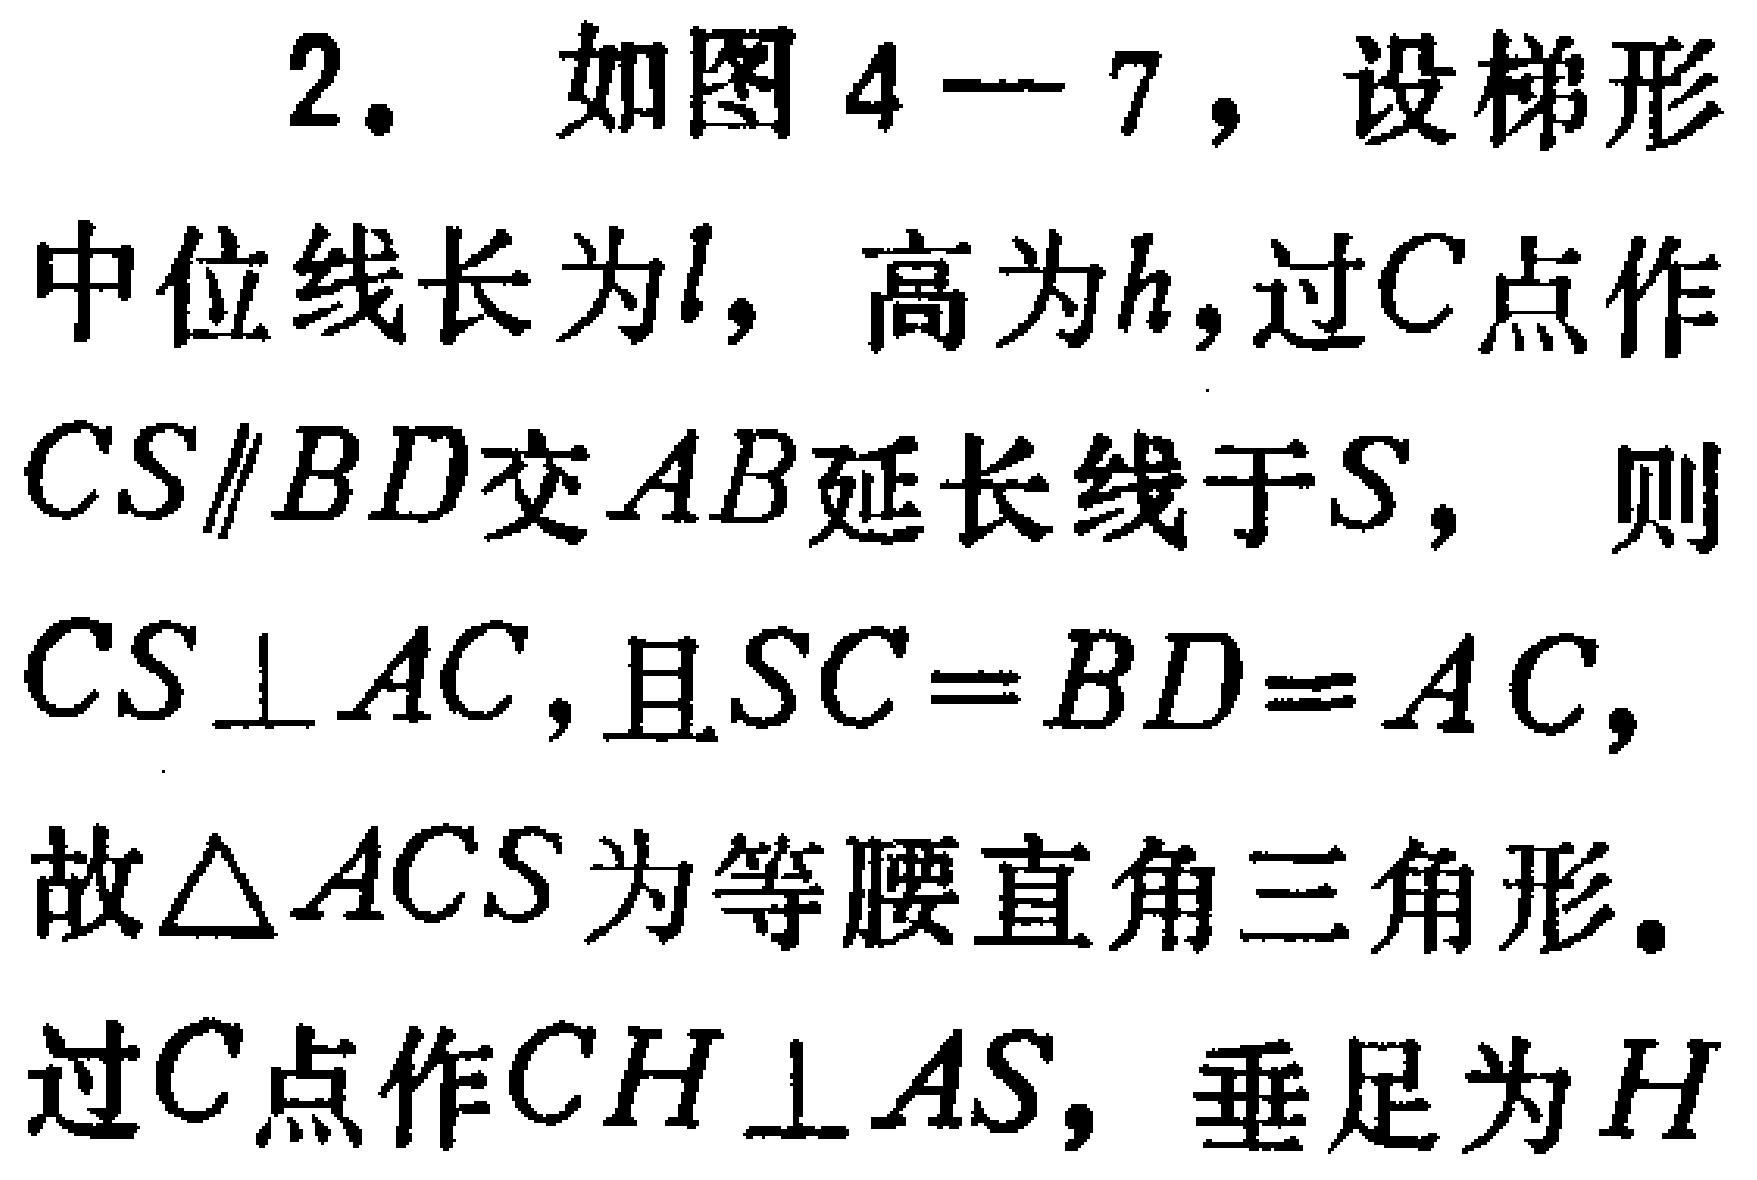
2. 如图4—7，设梯形

中位线长为\(l\)，高为\(h\)，过\(C\)点作

\(CS\parallel BD\)交\(AB\)延长线于\(S\)， 则

\(CS\perp AC\)，且\(SC = BD = AC\)，

故\(\triangle ACS\)为等腰直角三角形。

过\(C\)点作\(CH\perp AS\)，垂足为\(H\)